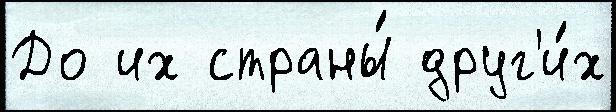
До их страны́ друг'и́х